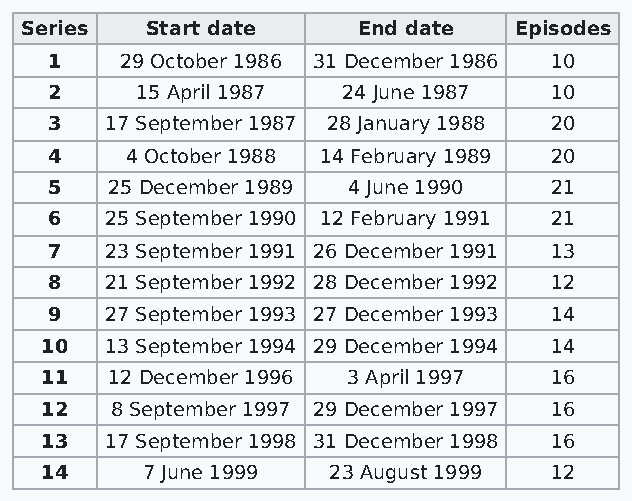
Series   Start date    End date  Episodes
 1    29 October 1986 31 December 1986 10
 2     15 April 1987 24 June 1987 10
 3   17 September 1987 28 January 1988 20
 4    4 October 1988 14 February 1989 20
 5   25 December 1989 4 June 1990 21
 6   25 September 1990 12 February 1991 21
 7   23 September 1991 26 December 1991 13
 8   21 September 1992 28 December 1992 12
 9   27 September 1993 27 December 1993 14
 10  13 September 1994 29 December 1994 14
 11  12 December 1996 3 April 1997 16
 12  8 September 1997 29 December 1997 16
 13  17 September 1998 31 December 1998 16
 14    7 June 1999  23 August 1999 12